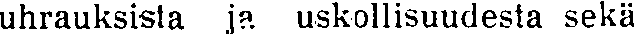
uhrauksista ja uskollisuudesta sekä